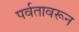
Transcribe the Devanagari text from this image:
पर्वतावरून